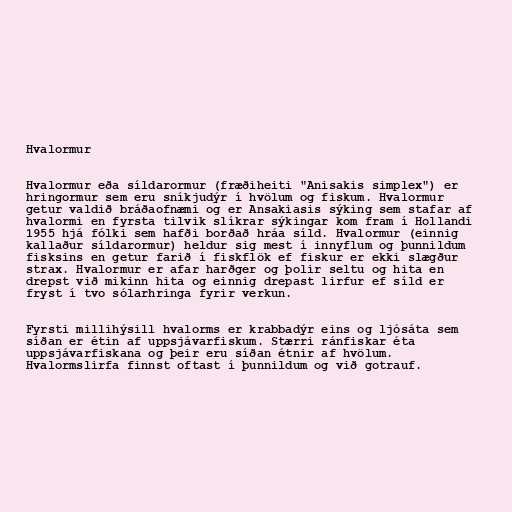
Hvalormur

Hvalormur eða síldarormur (fræðiheiti "Anisakis simplex") er
hringormur sem eru sníkjudýr í hvölum og fiskum. Hvalormur
getur valdið bráðaofnæmi og er Ansakiasis sýking sem stafar af
hvalormi en fyrsta tilvik slíkrar sýkingar kom fram í Hollandi
1955 hjá fólki sem hafði borðað hráa síld. Hvalormur (einnig
kallaður síldarormur) heldur sig mest í innyflum og þunnildum
fisksins en getur farið í fiskflök ef fiskur er ekki slægður
strax. Hvalormur er afar harðger og þolir seltu og hita en
drepst við mikinn hita og einnig drepast lirfur ef síld er
fryst í tvo sólarhringa fyrir verkun.

Fyrsti millihýsill hvalorms er krabbadýr eins og ljósáta sem
síðan er étin af uppsjávarfiskum. Stærri ránfiskar éta
uppsjávarfiskana og þeir eru síðan étnir af hvölum.
Hvalormslirfa finnst oftast í þunnildum og við gotrauf.